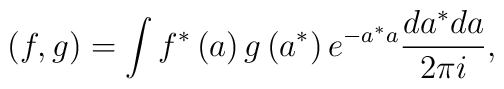
\left( f,g\right) =\int f^{\ast }\left( a\right) g\left( a^{\ast }\right) e^{-a^{\ast }a}\frac{da^{\ast }da}{2\pi i},